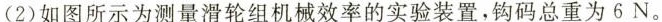
(2)如图所示为测量滑轮组机械效率的实验装置，钩码总重为6N。